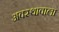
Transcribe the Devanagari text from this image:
अवस्थावाला